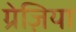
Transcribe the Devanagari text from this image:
ग्रेज़िया